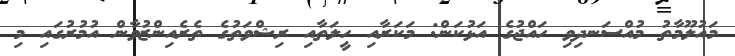
މައުލޫމާތު މުއްސަނދިވި ހައްޖުގެ އަޅުކަން: މަކަރާއި ހީލަތާއި ރިޝްވަތުގެ ތެރެއިންޒުވާން އުމުރުގައި މި